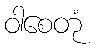
ဝါစေတုံ